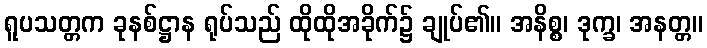
ရူပသတ္တက ခုနစ်ဋ္ဌာန ရုပ်သည် ထိုထိုအခိုက်၌ ချုပ်၏။ အနိစ္စ၊ ဒုက္ခ၊ အနတ္တ။